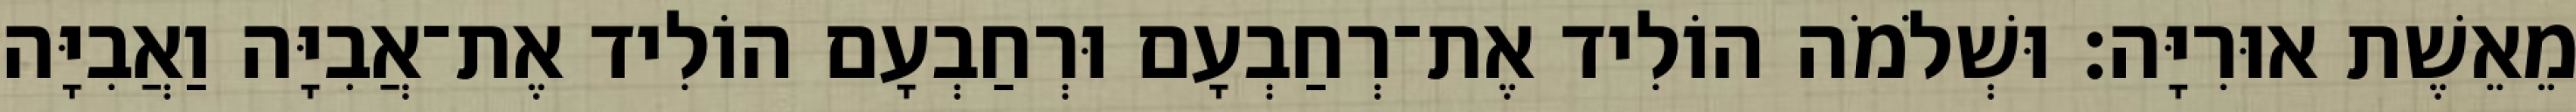
מֵאֵשֶׁת אוּרִיָּה׃ וּשְׁלֹמֹה הוֹלִיד אֶת־רְחַבְעָם וּרְחַבְעָם הוֹלִיד אֶת־אֲבִיָּה וַאֲבִיָּה